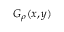
G _ { \rho } ( x , y )